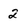
Character: 2